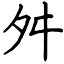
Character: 舛